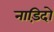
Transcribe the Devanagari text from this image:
नाड़िदो